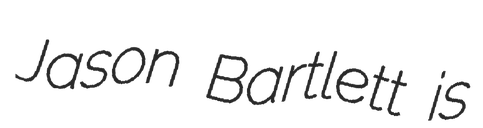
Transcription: Jason Bartlett is